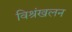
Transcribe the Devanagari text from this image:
विश्रंखलन